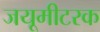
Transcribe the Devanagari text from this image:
जयूमीटरक